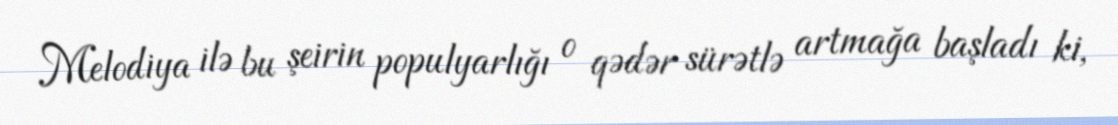
Melodiya ilə bu şeirin populyarlığı o qədər sürətlə artmağa başladı ki,